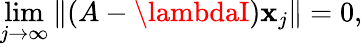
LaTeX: \operatorname*{lim}_{j\to\infty}\left\| (A-\lambdaI)\mathbf{x}_{j}\right\| =0,